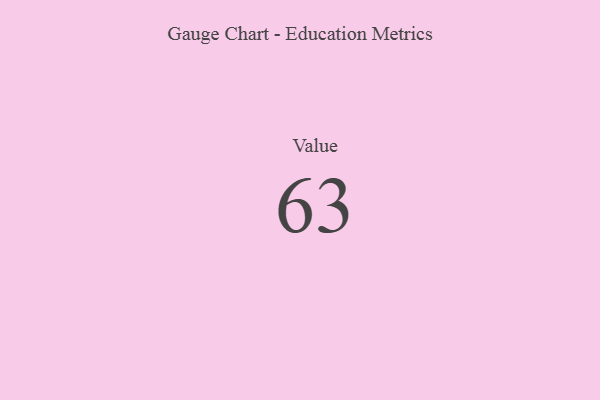
{"axis": {"x": "Metric", "y": "Value"}, "legend": [""], "data": [{"x": "Value", "y": 63, "type": ""}]}